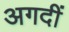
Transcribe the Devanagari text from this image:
अगदीं